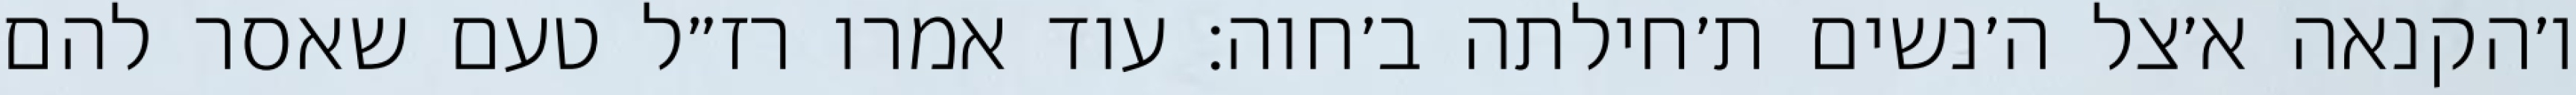
ו׳הקנאה א׳צל ה׳נשים ת׳חילתה ב׳חוה: עוד אמרו רז״ל טעם שאסר להם